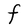
Character: F